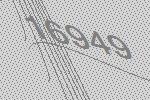
16949